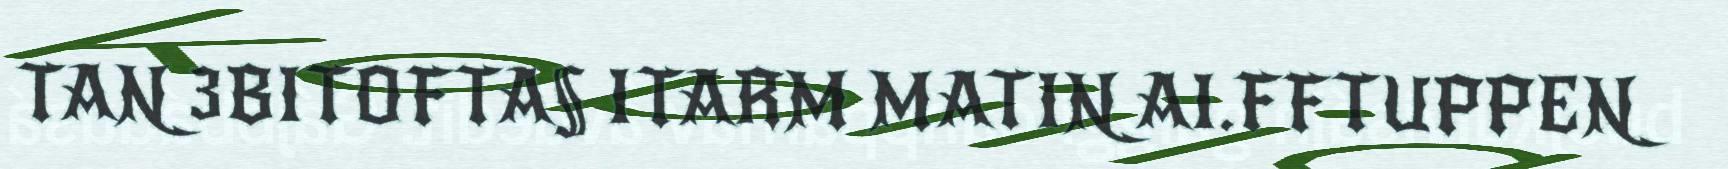
TAN 3BITOFTA§ ITARM MATIN AI.FFTUPPEN